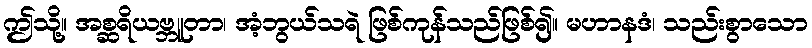
ဤသို့။ အစ္ဆရိယဗ္ဘူတာ၊ အံ့ဘွယ်သရဲ ဖြစ်ကုန်သည်ဖြစ်၍။ မဟာနဒံ၊ သည်းစွာသော